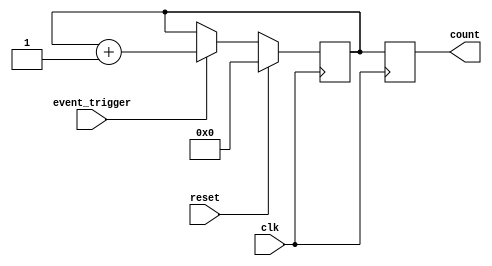
module EventTriggeredCounter (
    input wire clk,             // Clock signal
    input wire reset,           // Reset signal
    input wire event_trigger,   // Event trigger signal
    output reg [15:0] count     // Current count value (16-bit)
);

    // Memory block to store the count value
    reg [15:0] memory_block;

    // Synchronous operation: on the rising edge of clk
    always @(posedge clk) begin
        if (reset) begin
            // Reset the count value to zero
            memory_block <= 16'b0;
        end else if (event_trigger) begin
            // Increment the count value
            memory_block <= memory_block + 1;
        end
    end

    // Output the current count value
    always @(posedge clk) begin
        count <= memory_block;
    end

endmodule